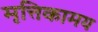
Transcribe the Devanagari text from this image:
मृत्तिकामय